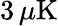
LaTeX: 3\, \mu\mathrm{K}